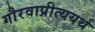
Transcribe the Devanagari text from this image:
गौरवाप्रीत्ययर्थ